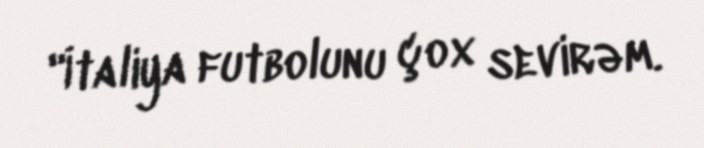
"İtaliya futbolunu çox sevirəm.